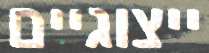
ייצוגיים